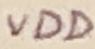
Text: VDD